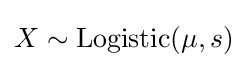
X\sim \mathrm {Logistic} (\mu ,s)